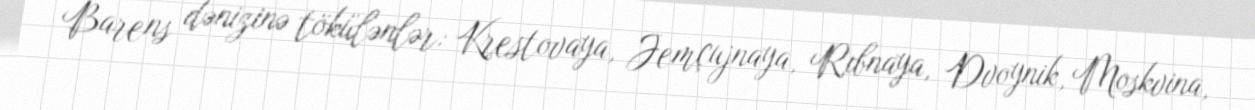
Barens dənizinə tökülənlər: Krestovaya, Jemçujnaya, Rıbnaya, Dvoynik, Moskvina,